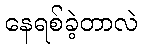
နေရစ်ခဲ့တာလဲ